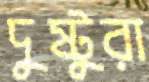
দুষ্টুরা